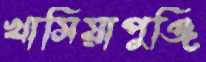
খাসিয়াপুঞ্জি